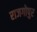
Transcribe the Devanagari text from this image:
राजगोपुर